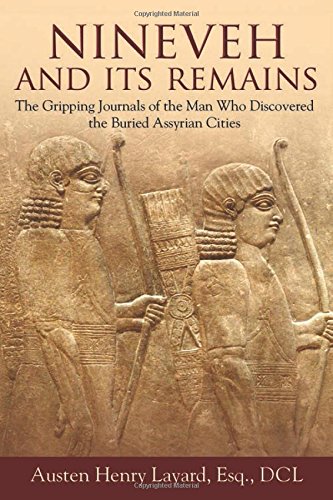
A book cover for Nineveh and Its Remains: The Gripping Journals of the Man Who Discovered the Buried Assyrian Cities; Austen Henry Layard; History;